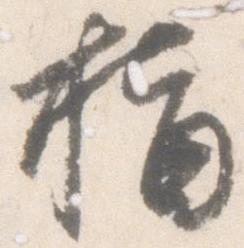
指